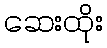
ဆေးထိုး